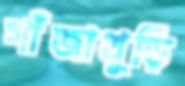
গাঁজাখুড়ি